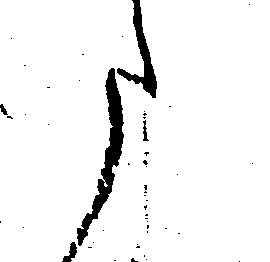
た